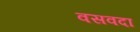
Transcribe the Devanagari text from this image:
वसवदा